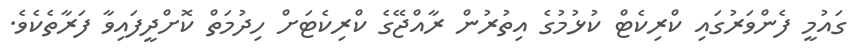
ގައުމީ ފެންވަރުގައި ކްރިކެޓް ކުޅުމުގެ އިތުރުން ރާއްޖޭގެ ކްރިކެޓަށް ހިދުމަތް ކޮށްދީފައިވާ ފަރާތެކެވެ.